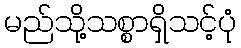
မည်သို့သစ္စာရှိသင့်ပုံ